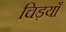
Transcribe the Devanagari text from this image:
चिड़याँ